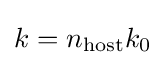
{\textstyle k=n_{\text{host}}k_{0}}